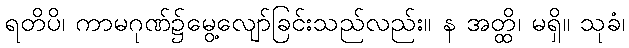
ရတိပိ၊ ကာမဂုဏ်၌မွေ့လျော်ခြင်းသည်လည်း။ န အတ္ထိ၊ မရှိ။ သုခံ၊